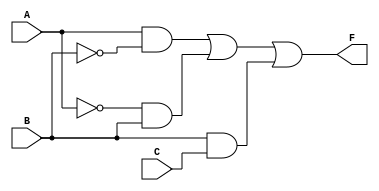
module combinational_logic (
    input wire A,  // Input A
    input wire B,  // Input B
    input wire C,  // Input C
    output wire F  // Output F
);

// Internal signals for the essential prime implicants
wire A_not;      // NOT A
wire B_not;      // NOT B
wire A_and_B_not; // A AND NOT B
wire A_not_and_B; // NOT A AND B
wire B_and_C;    // B AND C

// Logic implementation
assign A_not = ~A;            // NOT A
assign B_not = ~B;            // NOT B

assign A_and_B_not = A & B_not; // A AND NOT B
assign A_not_and_B = A_not & B;  // NOT A AND B
assign B_and_C = B & C;          // B AND C

// Final output F based on the essential prime implicants
assign F = A_and_B_not | A_not_and_B | B_and_C; // OR of all implicants

endmodule